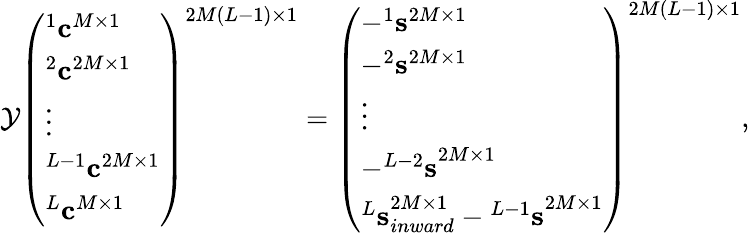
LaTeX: \begin{array}{r}{{\cal Y}\left(\begin{array}{l}{^1{\mathbf c}^{M\times 1}}\\ {^2{\mathbf c}^{2M\times 1}}\\ {\vdots}\\ {^{L-1}{\mathbf c}^{2M\times 1}}\\ {^{L}{\mathbf c}^{M\times 1}}\end{array}\right)^{2M(L-1)\times 1}=\left(\begin{array}{l}{-^{1}{\mathbf s}^{2M\times 1}}\\ {-^{2}{\mathbf s}^{2M\times 1}}\\ {\vdots}\\ {-{^{L-2}{\mathbf s}}^{2M\times 1}}\\ {{^L{\mathbf s}}_{inward}^{2M\times 1}-{^{L-1}{\mathbf s}}^{2M\times 1}}\end{array}\right)^{2M(L-1)\times 1},}\end{array}